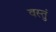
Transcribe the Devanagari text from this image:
वस्तुं